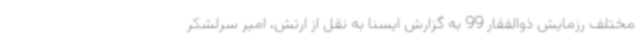
مختلف رزمایش ذوالفقار 99 به گزارش ایسنا به نقل از ارتش، امیر سرلشکر